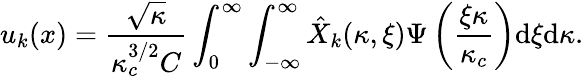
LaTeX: u_{k}(x)=\frac{\sqrt{\kappa}}{\kappa_{c}^{3/2}C}\int_{0}^{\infty}\int_{-\infty}^{\infty}\hat{X}_{k}(\kappa,\xi)\Psi\left(\frac{\xi\kappa}{\kappa_{c}}\right)\mathrm{d}\xi\mathrm{d}\kappa.